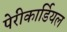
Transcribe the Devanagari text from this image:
पेरीकार्डियल